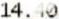
14.40